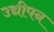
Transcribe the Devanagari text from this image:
उद्यीपन